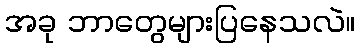
အခု ဘာတွေများပြနေသလဲ။